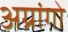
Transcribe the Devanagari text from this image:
अग्रांगो